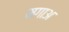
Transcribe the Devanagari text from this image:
मगाअ